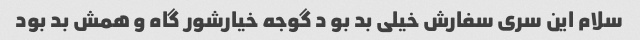
سلام این سری سفارش خیلی بد بو د گوجه خیارشور گاه و همش بد بود